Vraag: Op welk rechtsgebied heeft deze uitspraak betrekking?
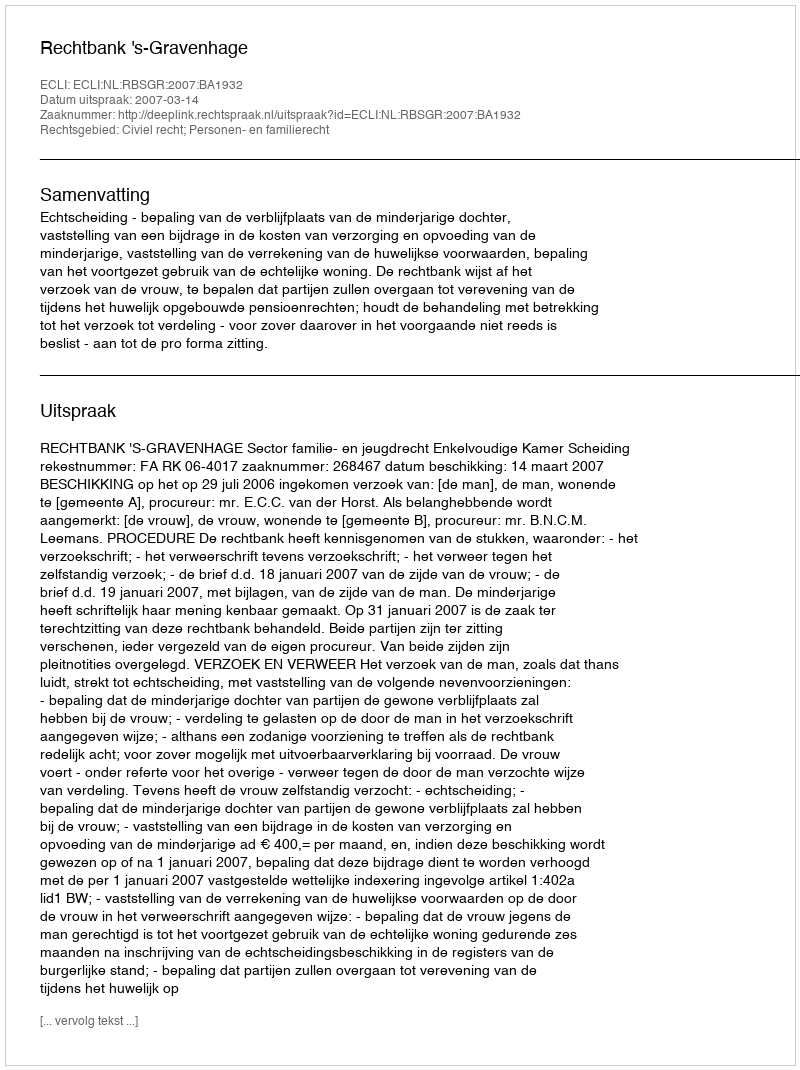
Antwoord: Civiel recht; Personen- en familierecht